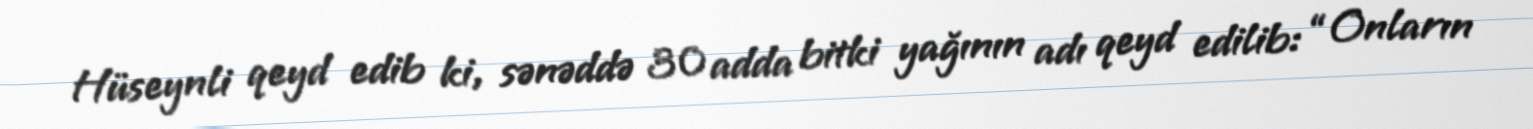
Hüseynli qeyd edib ki, sənəddə 30 adda bitki yağının adı qeyd edilib: “Onların